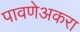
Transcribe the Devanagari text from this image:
पावणेअकरा